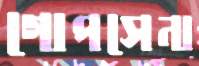
গোপসেনা